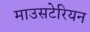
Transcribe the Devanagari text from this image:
माउसटेरियन